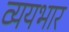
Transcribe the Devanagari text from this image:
व्ययभार